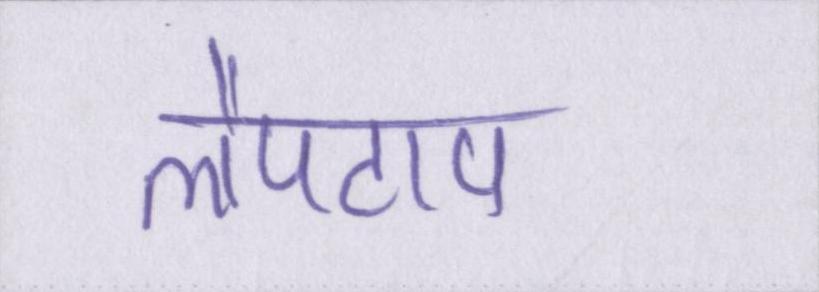
लैपटाप